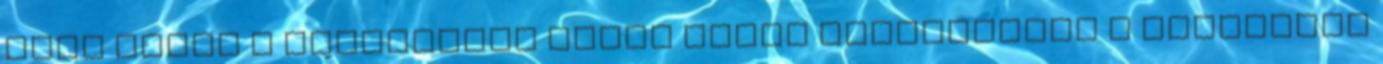
ezen belül a kommunista Péter Gábor vezetésével a Budapesti